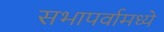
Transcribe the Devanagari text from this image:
सभापर्वामध्ये